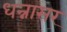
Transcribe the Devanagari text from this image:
धन्नासर